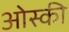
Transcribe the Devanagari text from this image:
ओस्की